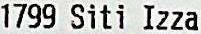
1799 SITI IZZA